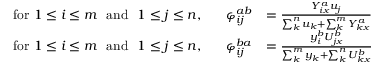
\begin{array} { r l } { \mathrm { f o r ~ } 1 \leq i \leq m ~ \mathrm { ~ a n d ~ } ~ 1 \leq j \leq n , ~ ~ ~ ~ ~ \varphi _ { i j } ^ { a b } } & { = \frac { Y _ { i x } ^ { a } u _ { j } } { \sum _ { k } ^ { n } u _ { k } + \sum _ { k } ^ { m } Y _ { k x } ^ { a } } } \\ { \mathrm { f o r ~ } 1 \leq i \leq m ~ \mathrm { ~ a n d ~ } ~ 1 \leq j \leq n , ~ ~ ~ ~ ~ { \varphi } _ { i j } ^ { b a } } & { = \frac { y _ { i } ^ { b } U _ { j x } ^ { b } } { \sum _ { k } ^ { m } y _ { k } + \sum _ { k } ^ { n } U _ { k x } ^ { b } } } \end{array}